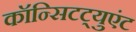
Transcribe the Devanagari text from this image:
कॉन्सिटट्युएंट